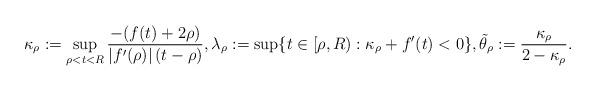
LaTeX: \begin{align*} \kappa_\rho:=\sup_{\rho <t<R}\frac{-(f(t)+2\rho)}{|f'(\rho)|\,(t-\rho)}, \lambda_\rho:=\sup \{t\in [\rho,R): \kappa_\rho+f'(t)<0\}, \tilde \theta_\rho:=\frac{\kappa_\rho}{2-\kappa_\rho}. \end{align*}